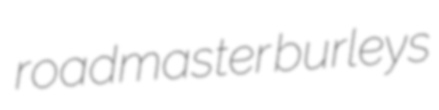
roadmaster burleys